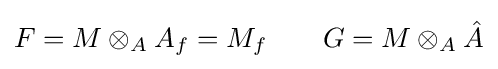
F=M\otimes _{A}A_{f}=M_{f}\qquad G=M\otimes _{A}{\hat {A}}